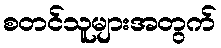
စတင်သူများအတွက်